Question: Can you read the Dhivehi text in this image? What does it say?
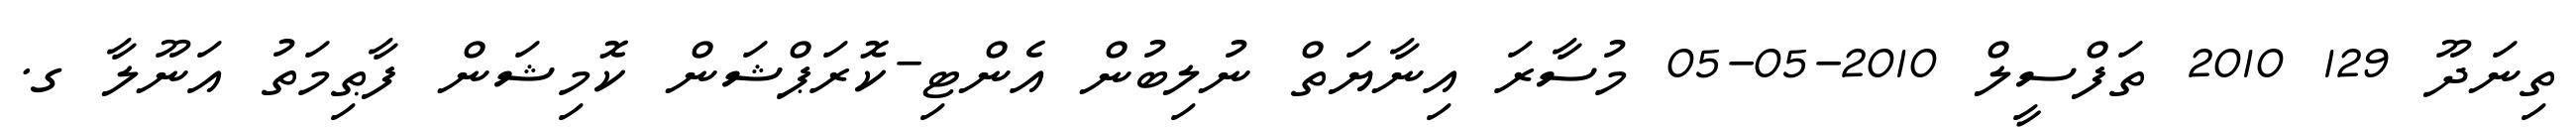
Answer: ތިނަދޫ 129 2010 ތަފްސީލް 2010-05-05 މުސާރަ އިނާޔަތް ނުލިބުން އެންޓި-ކޮރަޕްޝަން ކޮމިޝަން ފާޠިމަތު އަނޫލާ ގ.